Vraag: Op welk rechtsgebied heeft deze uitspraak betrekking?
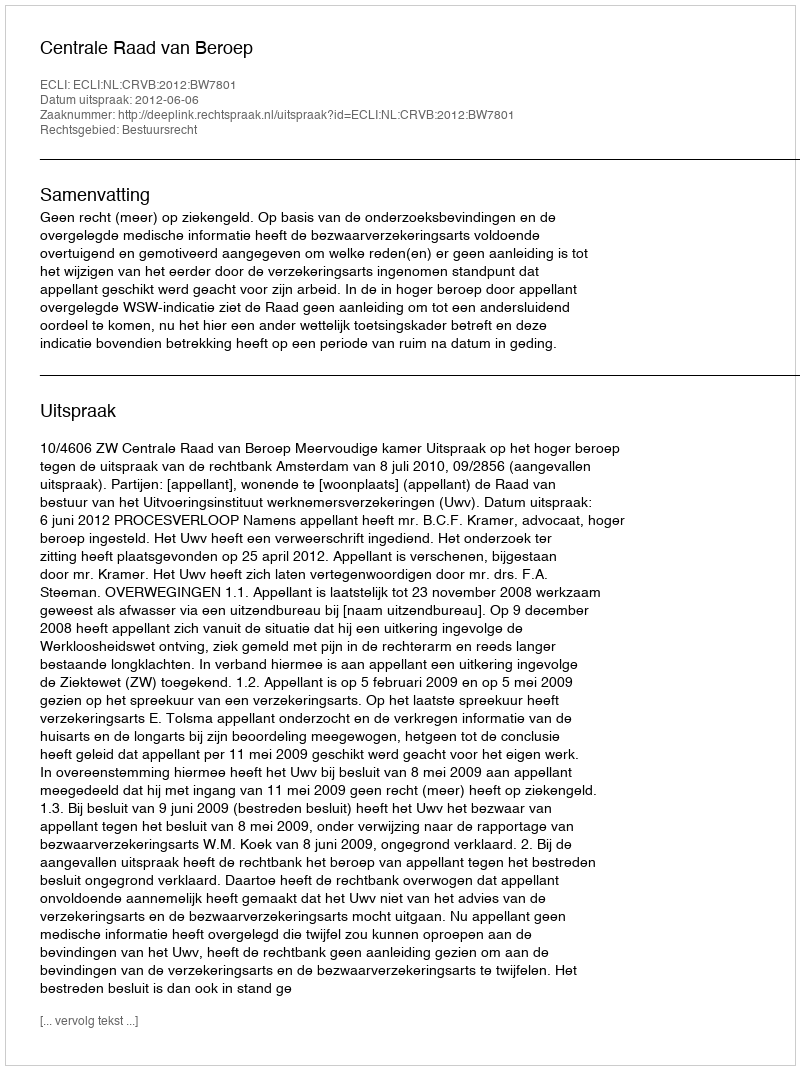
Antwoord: Bestuursrecht